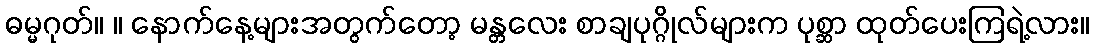
ဓမ္မဂုတ်။ ။ နောက်နေ့များအတွက်တော့ မန္တလေး စာချပုဂ္ဂိုလ်များက ပုစ္ဆာ ထုတ်ပေးကြရဲ့လား။